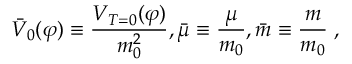
{ \bar { V } _ { 0 } } ( \varphi ) \equiv { \frac { V _ { T = 0 } ( \varphi ) } { m _ { 0 } ^ { 2 } } } , { \bar { \mu } } \equiv { \frac { \mu } { m _ { 0 } } } , { \bar { m } } \equiv { \frac { m } { m _ { 0 } } } \; ,